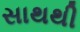
સાથથી